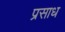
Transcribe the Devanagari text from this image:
प्रसाध